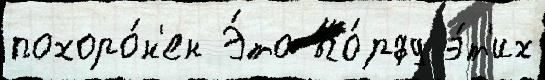
похоро́н'ен Э́то Ко́рфу э́т'их